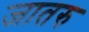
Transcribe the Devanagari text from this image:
जातरु